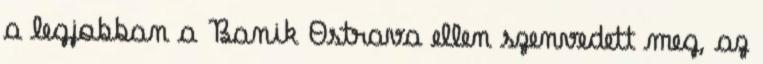
a legjobban a Banik Ostrava ellen szenvedett meg, az